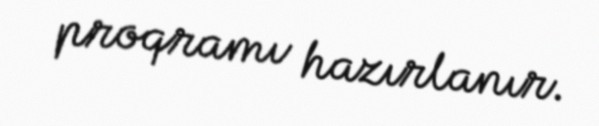
proqramı hazırlanır.